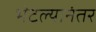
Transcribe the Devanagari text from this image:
भेटल्यानंतर